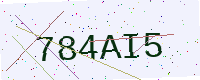
Text: 784AI5